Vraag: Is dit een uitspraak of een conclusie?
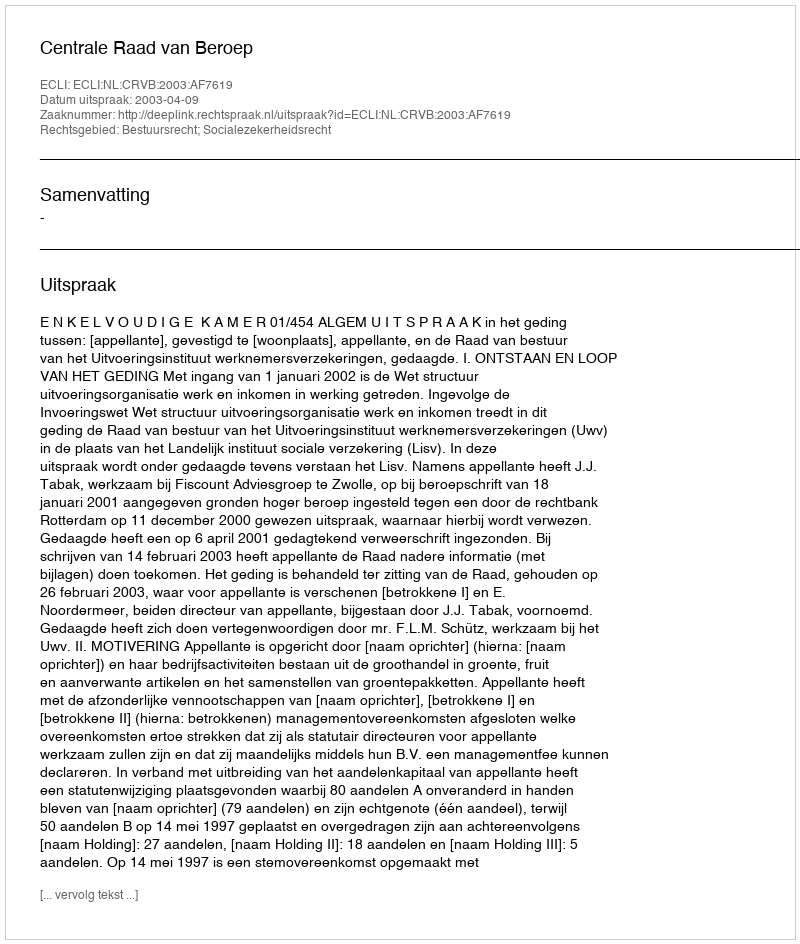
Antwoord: Uitspraak